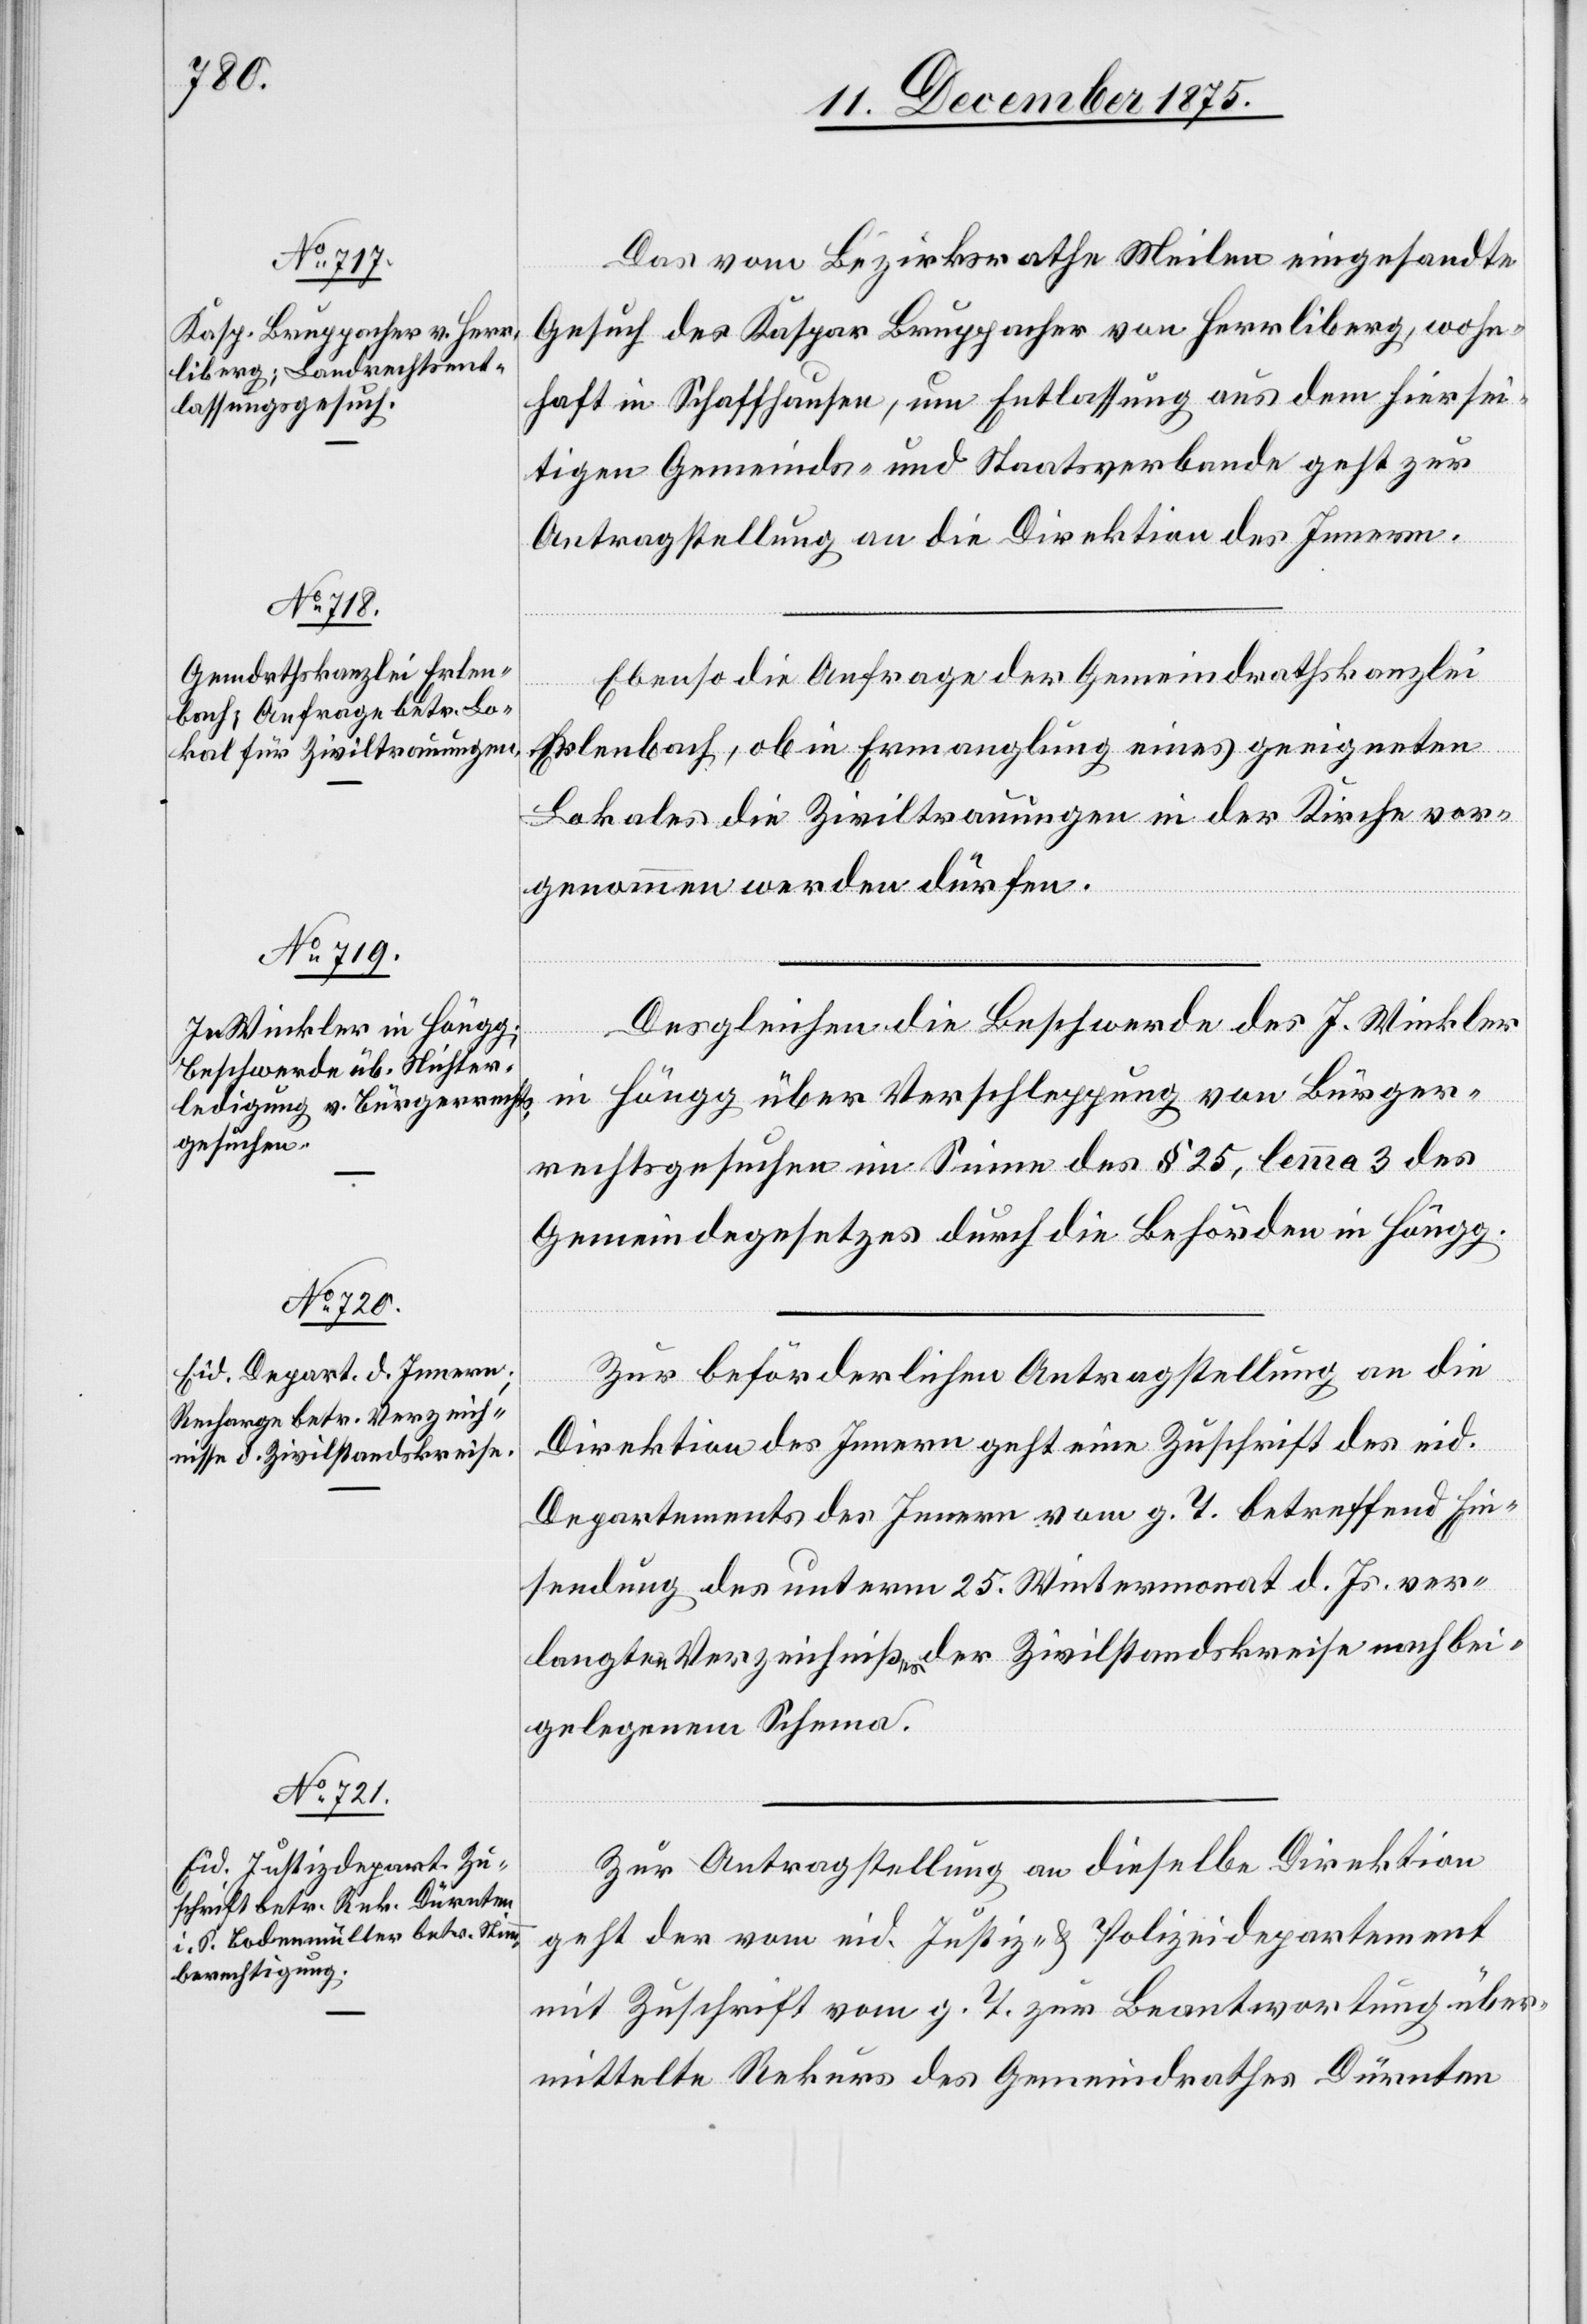
15. December 1875.]
Das vom Bezirksrathe Meilen eingesandte
Gesuch des Kaspar Bruppacher von Herrliberg, wohn¬
haft in Schaffhausen, um Entlassung aus dem hiersei¬
tigen Gemeinds- und Staatsverbande geht zur
Antragstellung an die Direktion des Innern.
Ebenso die Anfrage der Gemeindrathskanzlei
Erlenbach, ob in Ermangelung eines geeigneten
Lokales die Ziviltrauungen in der Kirche vor¬
genommen werden dürfen.
Desgleichen die Beschwerde des J. Winkler
in Höngg über Verschleppung von Bürger¬
rechtsgesuchen im Sinne des § 25, lemma 3 des
Gemeindegesetzes durch die Behörden in Höngg.
Zur beförderlichen Antragstellung an die
Direktion des Innern geht eine Zuschrift des eid.
Departements des Innern vom g. T. betreffend Ein¬
sendung des unterm 25. Wintermonat d. Js. ver¬
langten Verzeichnißes der Zivilstandskreise nach beil¬
gelegenem Schema.
Zur Antragstellung an dieselbe Direktion
geht der vom eid. Justiz- & Polizeidepartment
mit Zuschrift vom g. T. zur Beantwortung über¬
mittelte Rekurs des Gemeindrathes Dürnten